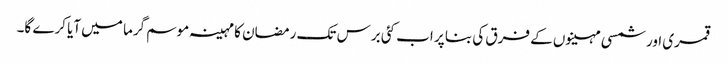
قمری اور شمسی مہینوں کے فرق کی بنا پر اب کئی برس تک رمضان کا مہینہ موسم گرما میں آیا کرے گا۔